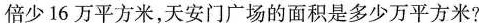
倍少16万平方米，天安门广场的面积是多少万平方米?